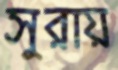
সুরায়